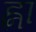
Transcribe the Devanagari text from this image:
ह्ना